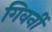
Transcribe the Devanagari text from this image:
गिवर्नी